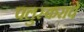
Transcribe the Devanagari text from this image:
पलुस्करांचे